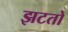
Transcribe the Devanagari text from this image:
झटतो